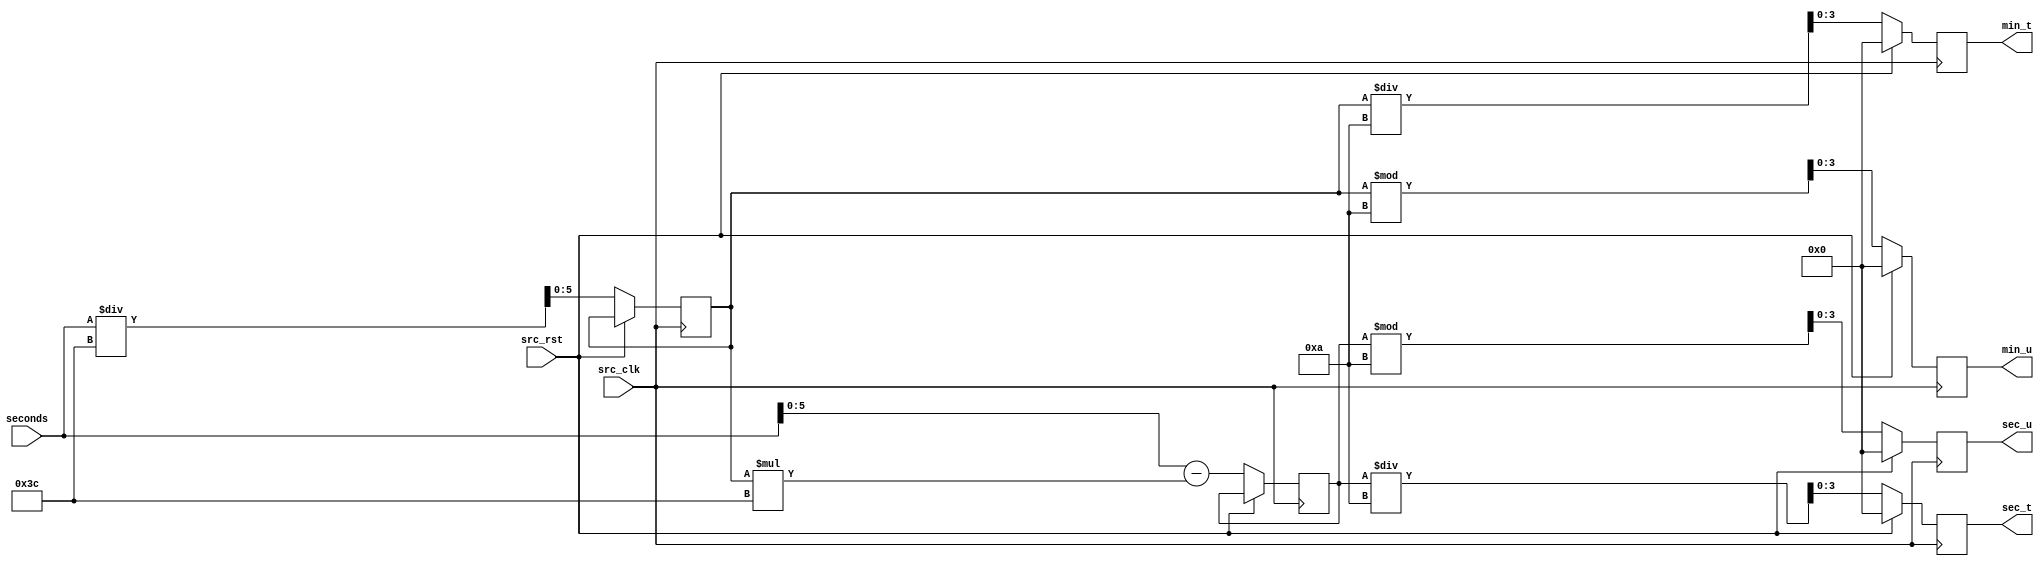
`timescale 1ns / 1ps
//////////////////////////////////////////////////////////////////////////////////
// Company: 
// Engineer: 
// 
// Design Name: 
// Module Name:    digitDivider 
// Project Name: 
// Target Devices: 
// Tool versions: 
// Description: 
//
// Dependencies: 
//
// Revision: 
// Revision 0.01 - File Created
// Additional Comments: 
//
//////////////////////////////////////////////////////////////////////////////////
module digitDivider(
    input src_clk,
    input src_rst,
    input [11:0] seconds,
    output reg [3:0] sec_u,
    output reg [3:0] sec_t,
    output reg [3:0] min_u,
    output reg [3:0] min_t
    );

reg [5:0] min;
reg [5:0] sec;
//reg [] div_sec;
//reg [] div_min;
always @ (posedge src_clk)
begin
	// Reset case
	if ( src_rst )
	begin 
		sec_u <= 0;
		sec_t <= 0;
		min_u <= 0;
		min_t <= 0;
	end
	// Otherwise
	else
	begin
		// Calculate the number of minutes in the seconds counter
		min <= seconds / 60;
		// Calculate the number of seconds
		sec <= seconds - (min * 60);
		// Assign the units and tens position for the minutes
		min_u <= min % 10;
		min_t <= min / 10;
		// Assign the units and tens position for the seconds
		sec_u <= sec % 10;
		sec_t <= sec / 10;
	end
end

endmodule